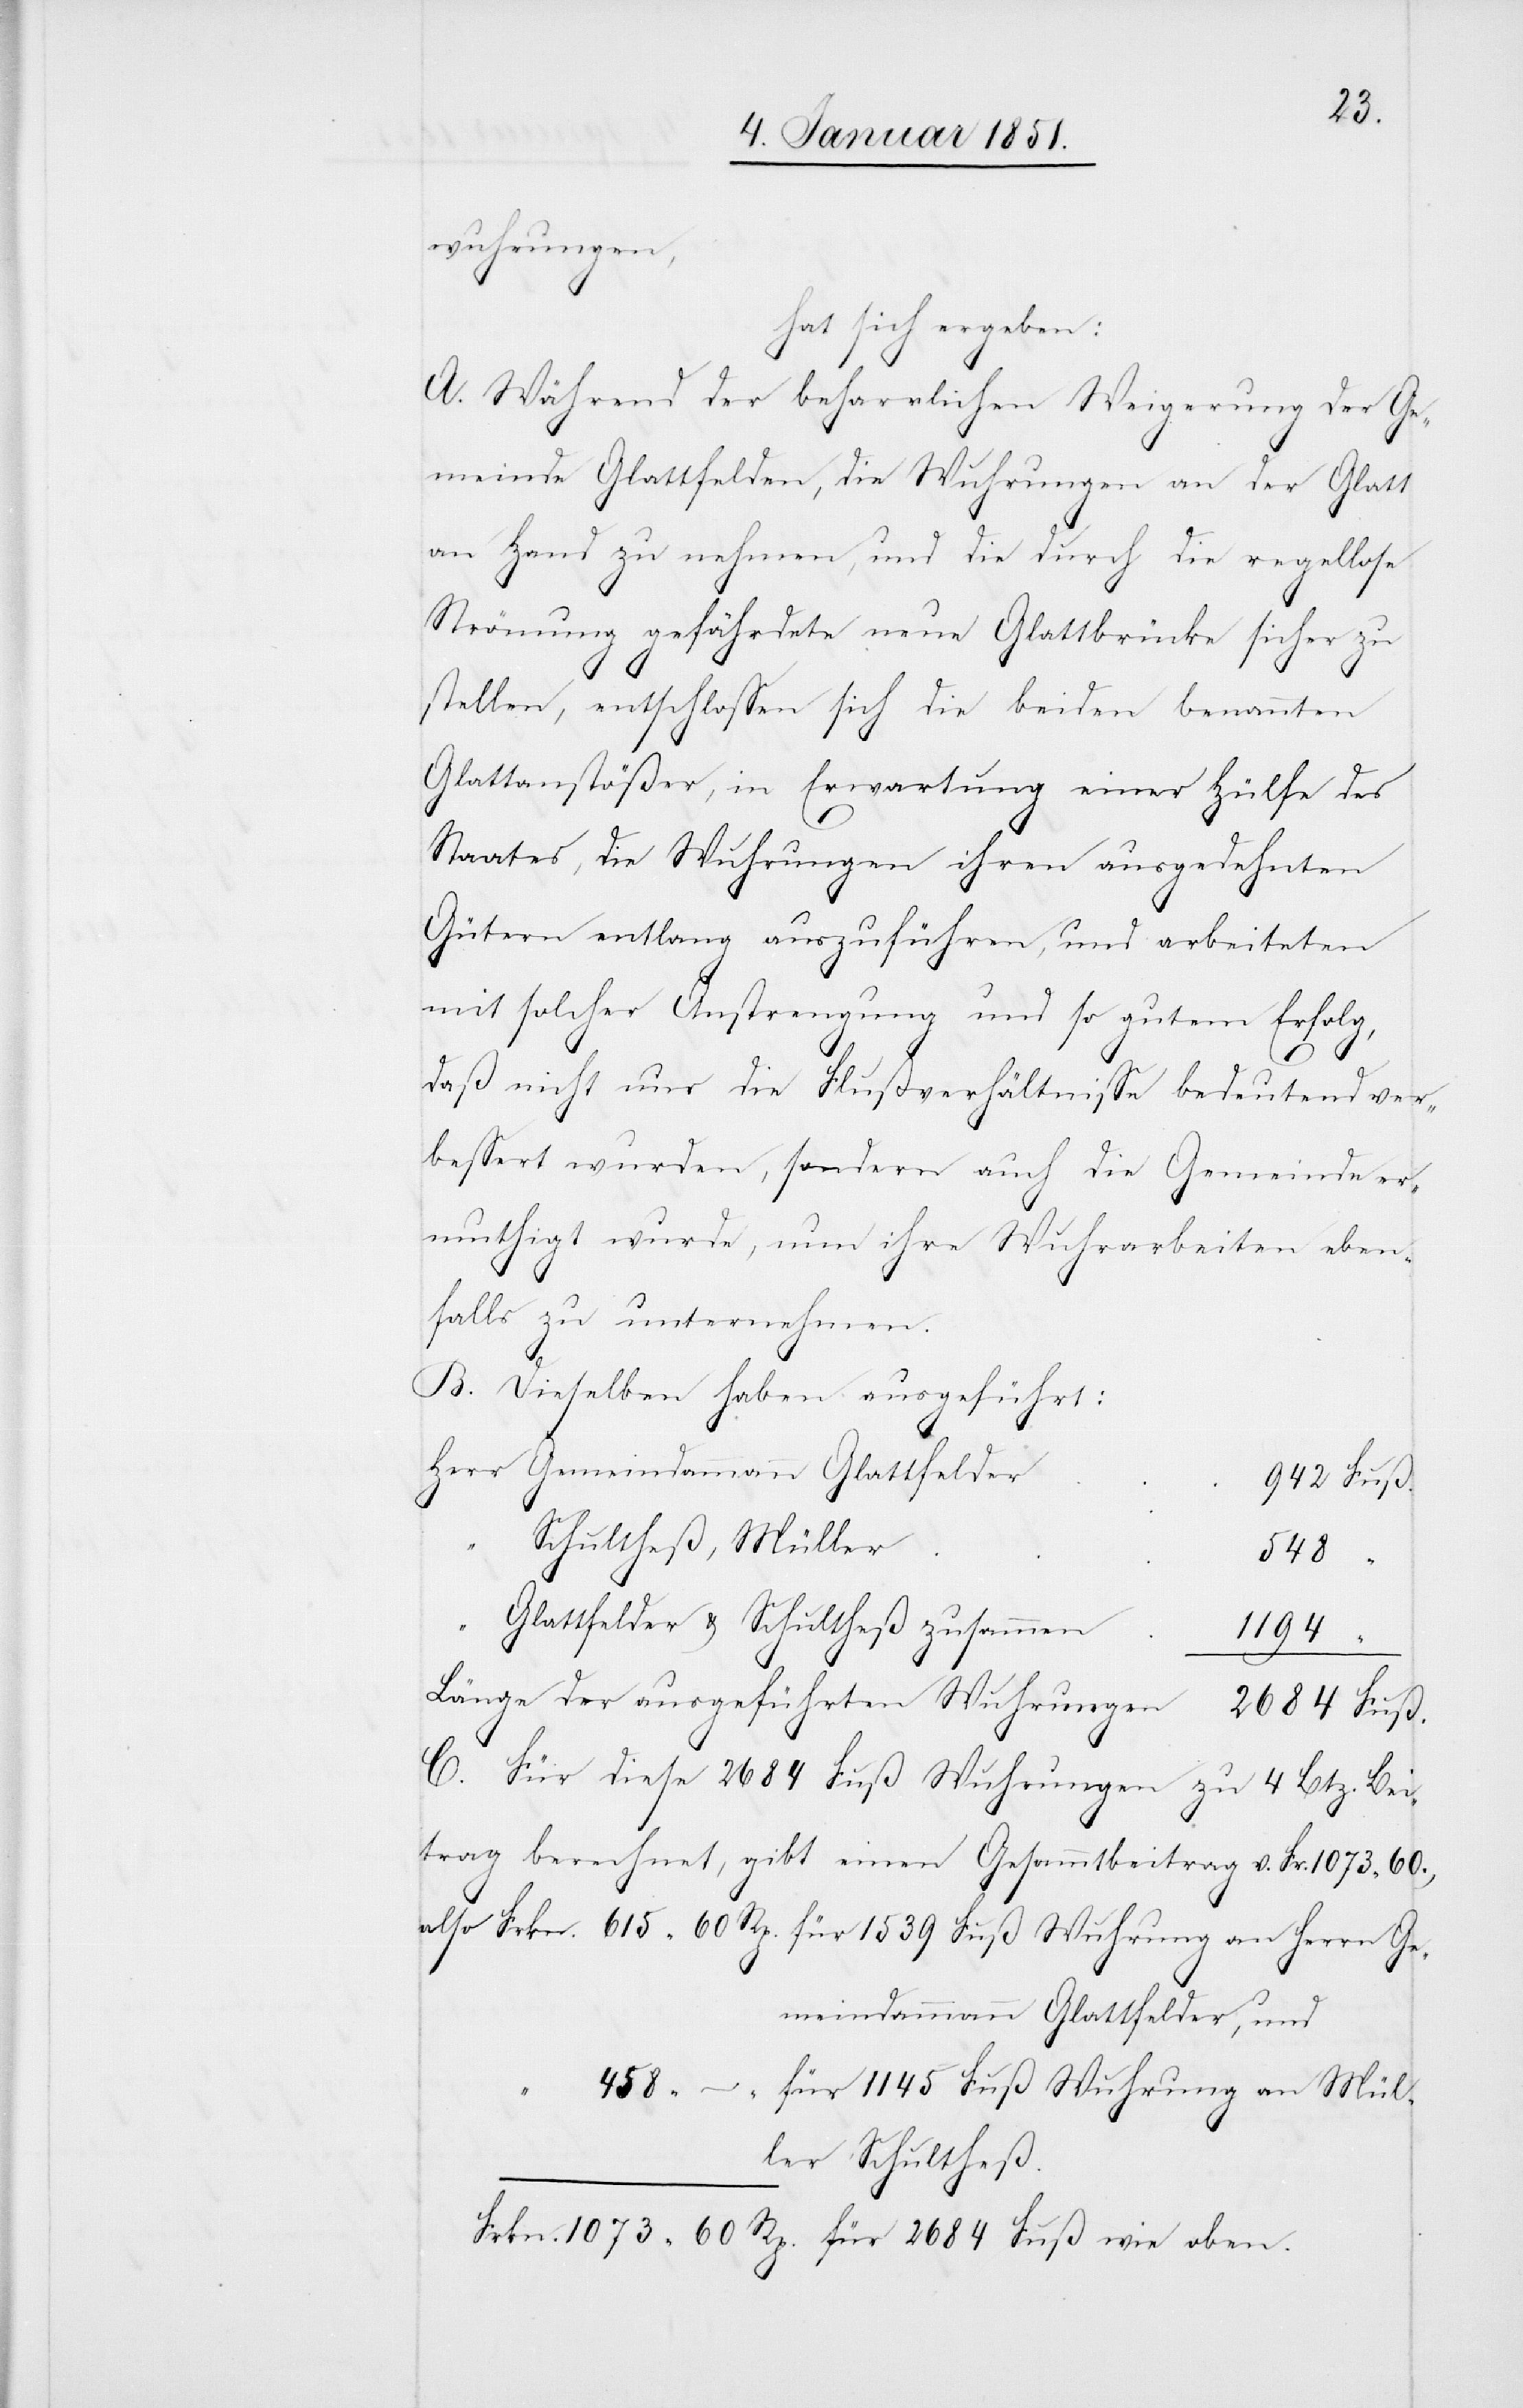
Wuhrung an
hat sich ergeben:
“
A. Während der beharrlichen Weigerung der Ge¬
meinde Glattfelden, die Wuhrungen an der Glatt
an Hand zu nehmen, und die durch die regellose
Strömung gefährdete neue Glattbrücke sicher zu
stellen, entschlossen sich die beiden benannten
Glattanstößer, in Erwartung einer Hülfe des
Staates, die Wuhrungen ihren ausgedehnten
Gütern entlang auszuführen, und arbeiteten
mit solcher Anstrengung und so gutem Erfolg,
daß nicht nur die Flußverhältnisse bedeutend ver¬
bessert wurden, sondern auch die Gemeinde er¬
muthigt wurde, nun ihre Wuhrarbeiten eben¬
falls zu unternehmen.
B. Dieselben haben ausgeführt:
Herrn Gemeindammann Glattfelder,
Schultheß, Müller
2684
wie
oben.
Glattfelder & Schultheß zusammen
1194
Länge der ausgeführten Wuhrungen
C. Für diese 2684 Fuß Wuhrungen zu 4 Btz. Bei¬
trag berechnet, gibt einen Gesammtbeitrag v. Fr. 1073 60.,
für 1145 Fuß Wuhrung an Mül¬
ler Schultheß.